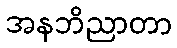
အနဘိညာတာ